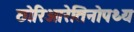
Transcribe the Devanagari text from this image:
छोरिओरेतिनोपथ्य